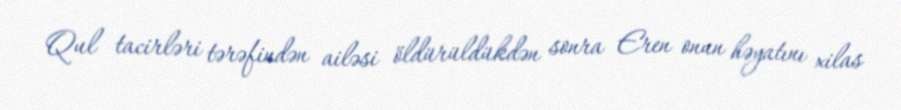
Qul tacirləri tərəfindən ailəsi öldürüldükdən sonra Eren onun həyatını xilas